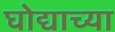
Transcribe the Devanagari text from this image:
घोद्याच्या